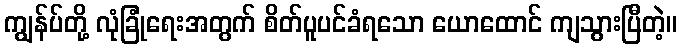
ကျွန်ပ်တို့ လုံခြုံရေးအတွက် စိတ်ပူပင်ခံရသော ယောထောင် ကျသွားပြီတဲ့။